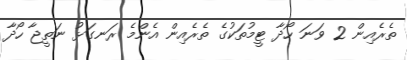
ތެރެއިން 2 ވަނަ ހޯދާ ޓީމުތަކުގެ ތެރެއިން އެންމެ ރަނގަޅު ނަތީޖާ ހޯދާ